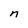
Character: n